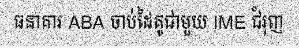
ធនាគារ ABA ចាប់ដៃគូជាមួយ IME ជំរុញ